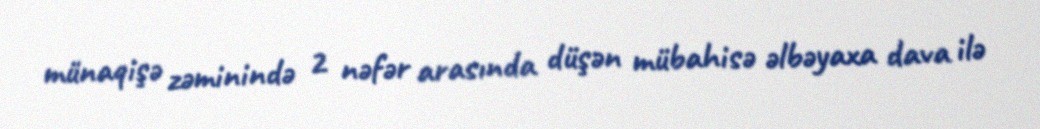
münaqişə zəminində 2 nəfər arasında düşən mübahisə əlbəyaxa dava ilə